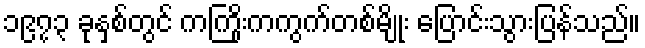
၁၉၇၃ ခုနှစ်တွင် ကကြိုးကကွက်တစ်မျိုး ပြောင်းသွားပြန်သည်။